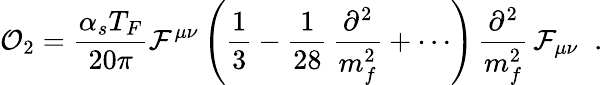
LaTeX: {\cal O}_{2}={\frac{\alpha_{s}T_{F}}{20\pi}}{\cal F}^{\mu\nu}\left({\frac{1}{3}}-{\frac{1}{28}}\, {\frac{\partial^{2}}{m_{f}^{2}}}+\cdots\right)\, {\frac{\partial^{2}}{m_{f}^{2}}}\, {\cal F}_{\mu\nu}\; \; .